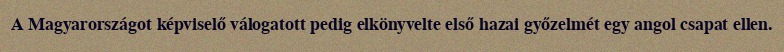
A Magyarországot képviselő válogatott pedig elkönyvelte első hazai győzelmét egy angol csapat ellen.